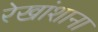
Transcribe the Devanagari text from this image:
रेखांशाना